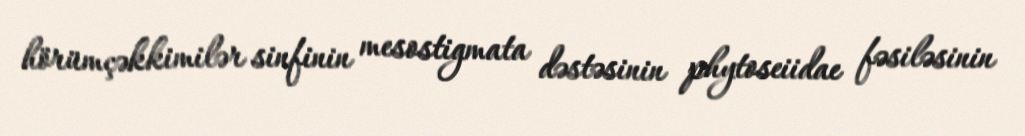
hörümçəkkimilər sinfinin mesostigmata dəstəsinin phytoseiidae fəsiləsinin